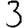
Digit: 3